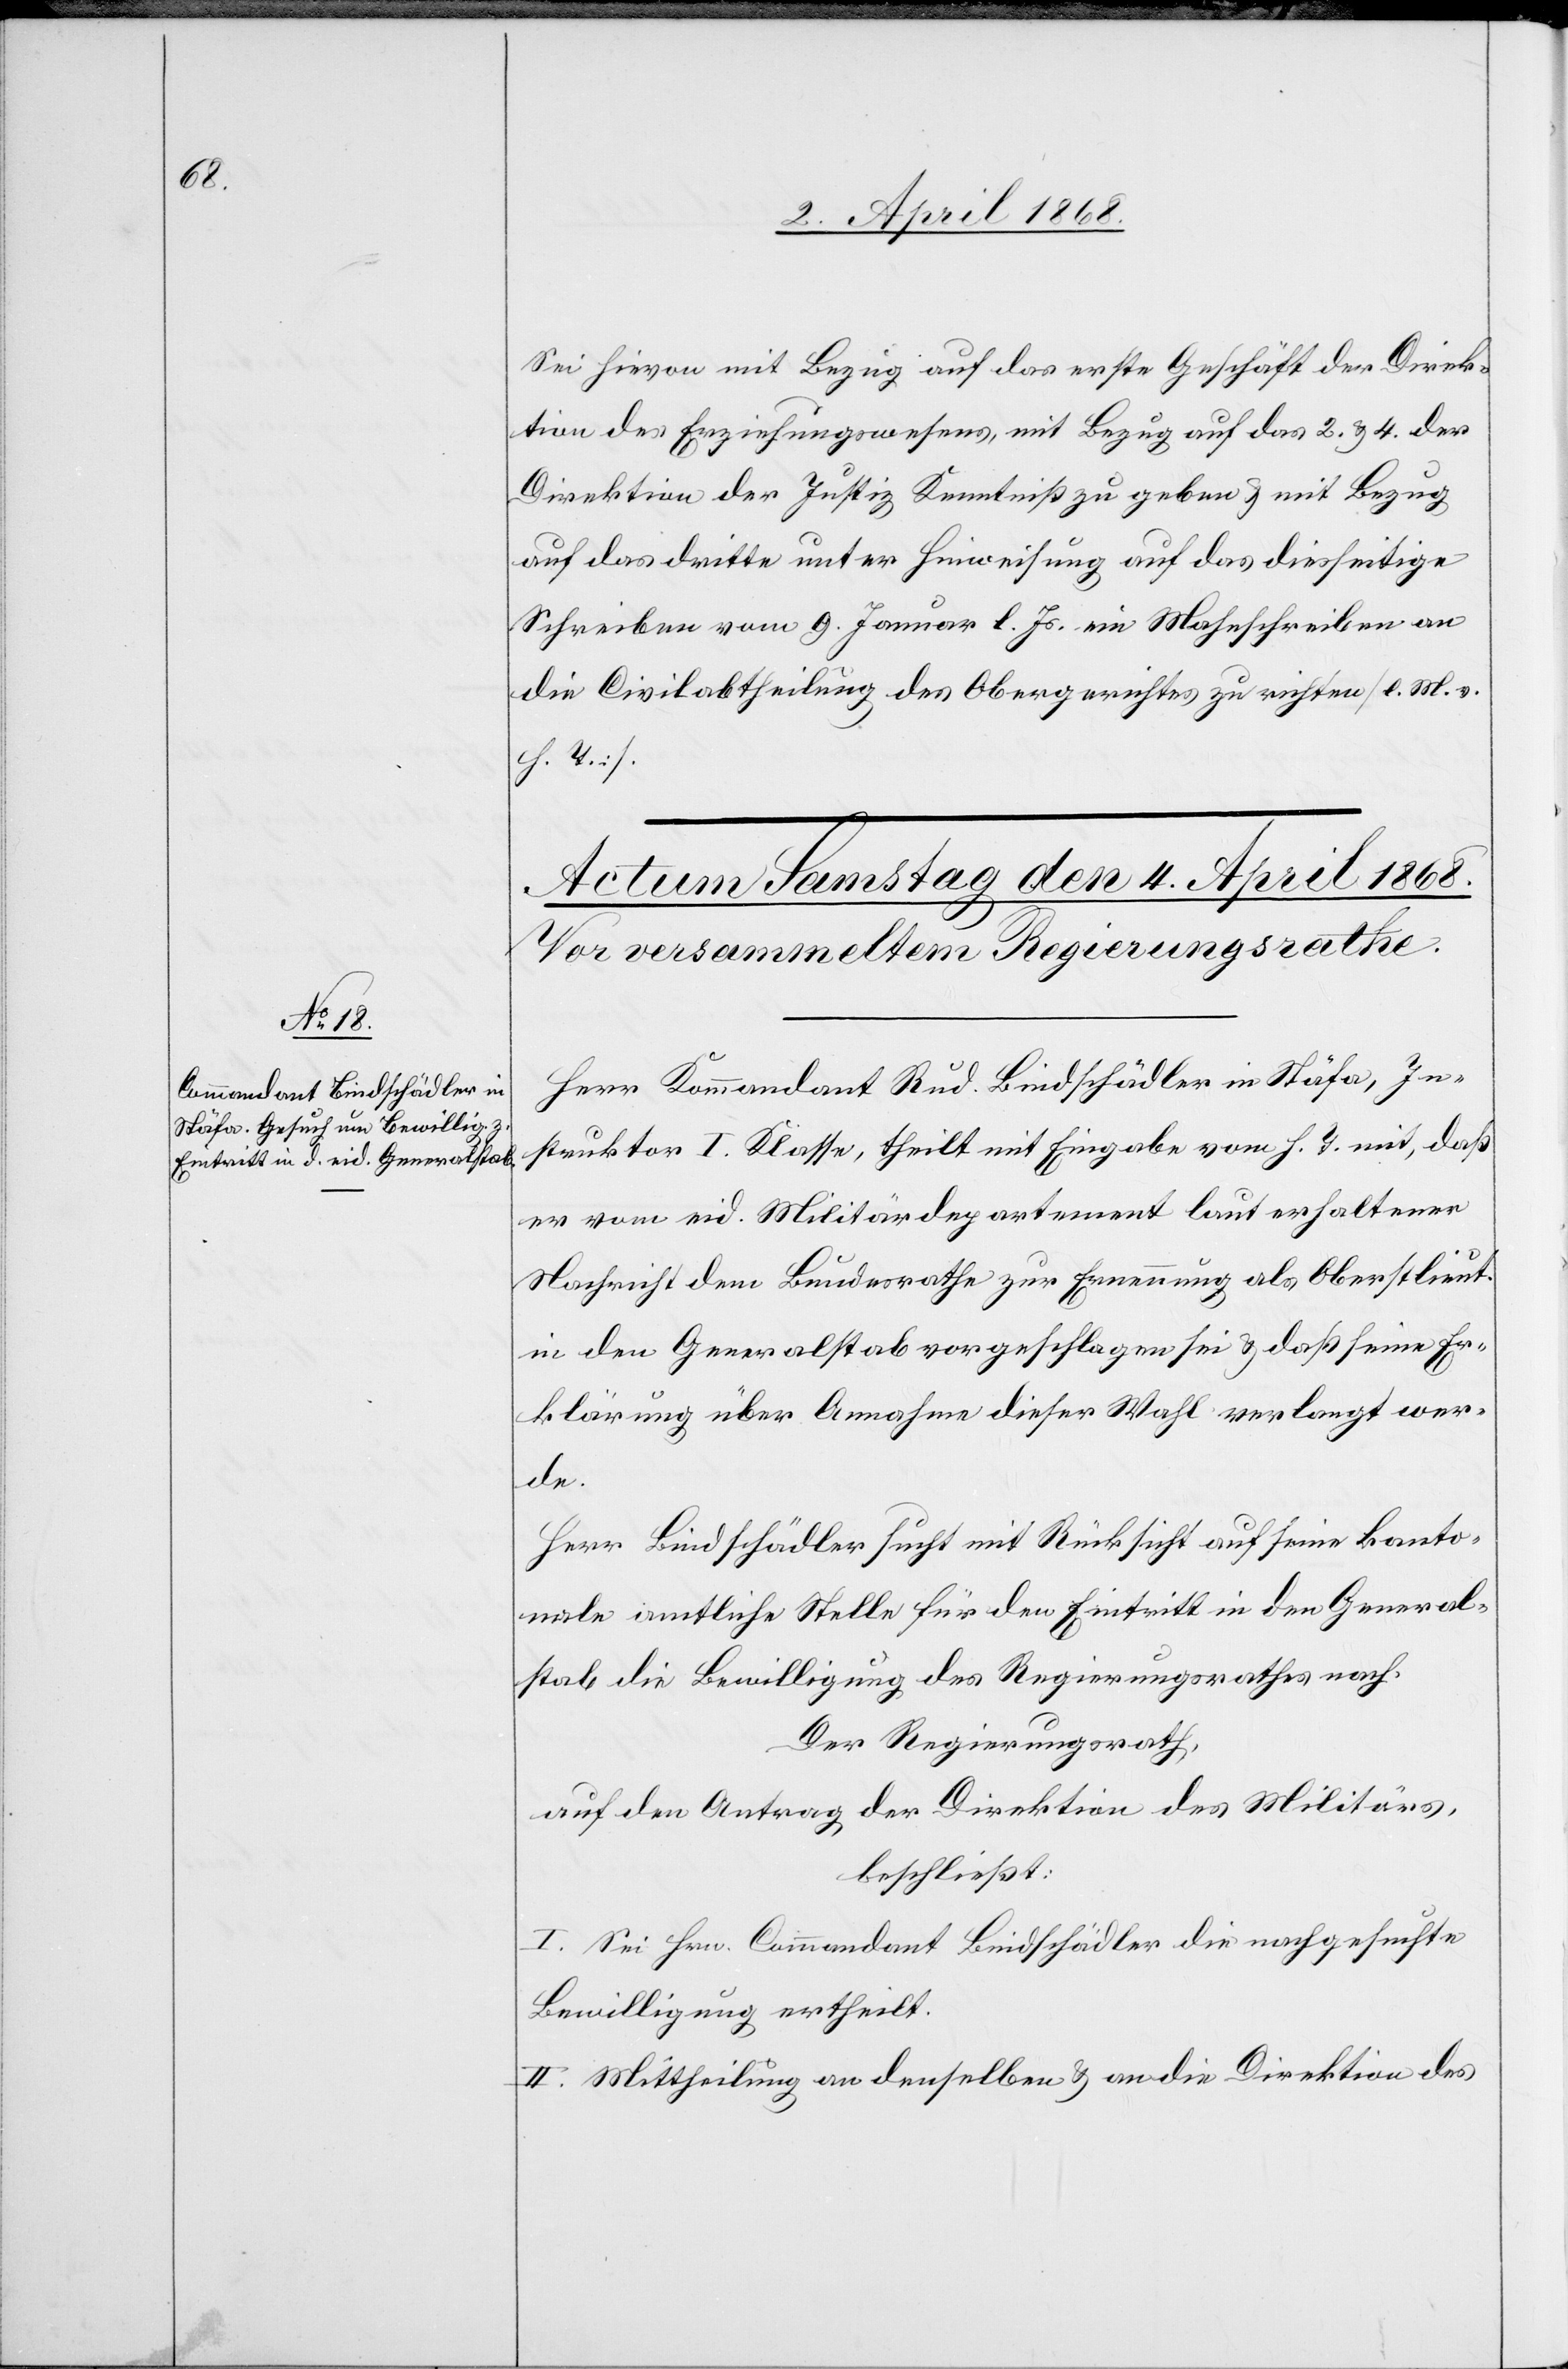
Sei hievon mit Bezug auf das erste Geschäft der Direk¬
tion des Erziehungswesens, mit Bezug auf das 2. & 4. der
Direktion der Justiz Kenntniß zu geben & mit Bezug
auf das dritte unter Hinweisung auf das diesseitige
Schreiben vom 9. Januar l. Js. ein Mahnschreiben an
die Civilabtheilung des Obergerichtes zu richten [l. M. v.
h. T.].
Herr Kommandant Rud. Bindschädler in Stäfa, In¬
struktor I. Klasse, theilt mit Eingabe vom h. T. mit, daß
er vom eid. Militärdepartement laut erhaltener
Nachricht dem Bundesrathe zur Ernennung als Oberstlieut.
in den Generalstab vorgeschlagen sei & daß seine Er¬
klärung über Annahme dieser Wahl verlangt wer¬
de.
Herr Bindschädler sucht mit Rücksicht auf seine kanto¬
nale amtliche Stelle für den Eintritt in den General¬
stab die Bewilligung des Regierungsrathes nach.
Der Regierungsrath,
auf den Antrag der Direktion des Militärs,
beschließt:
I. Sei Hrn. Commandant Bindschädler die nachgesuchte
Bewilligung ertheilt.
II. Mittheilung an denselben & an die Direktion des